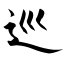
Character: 巡